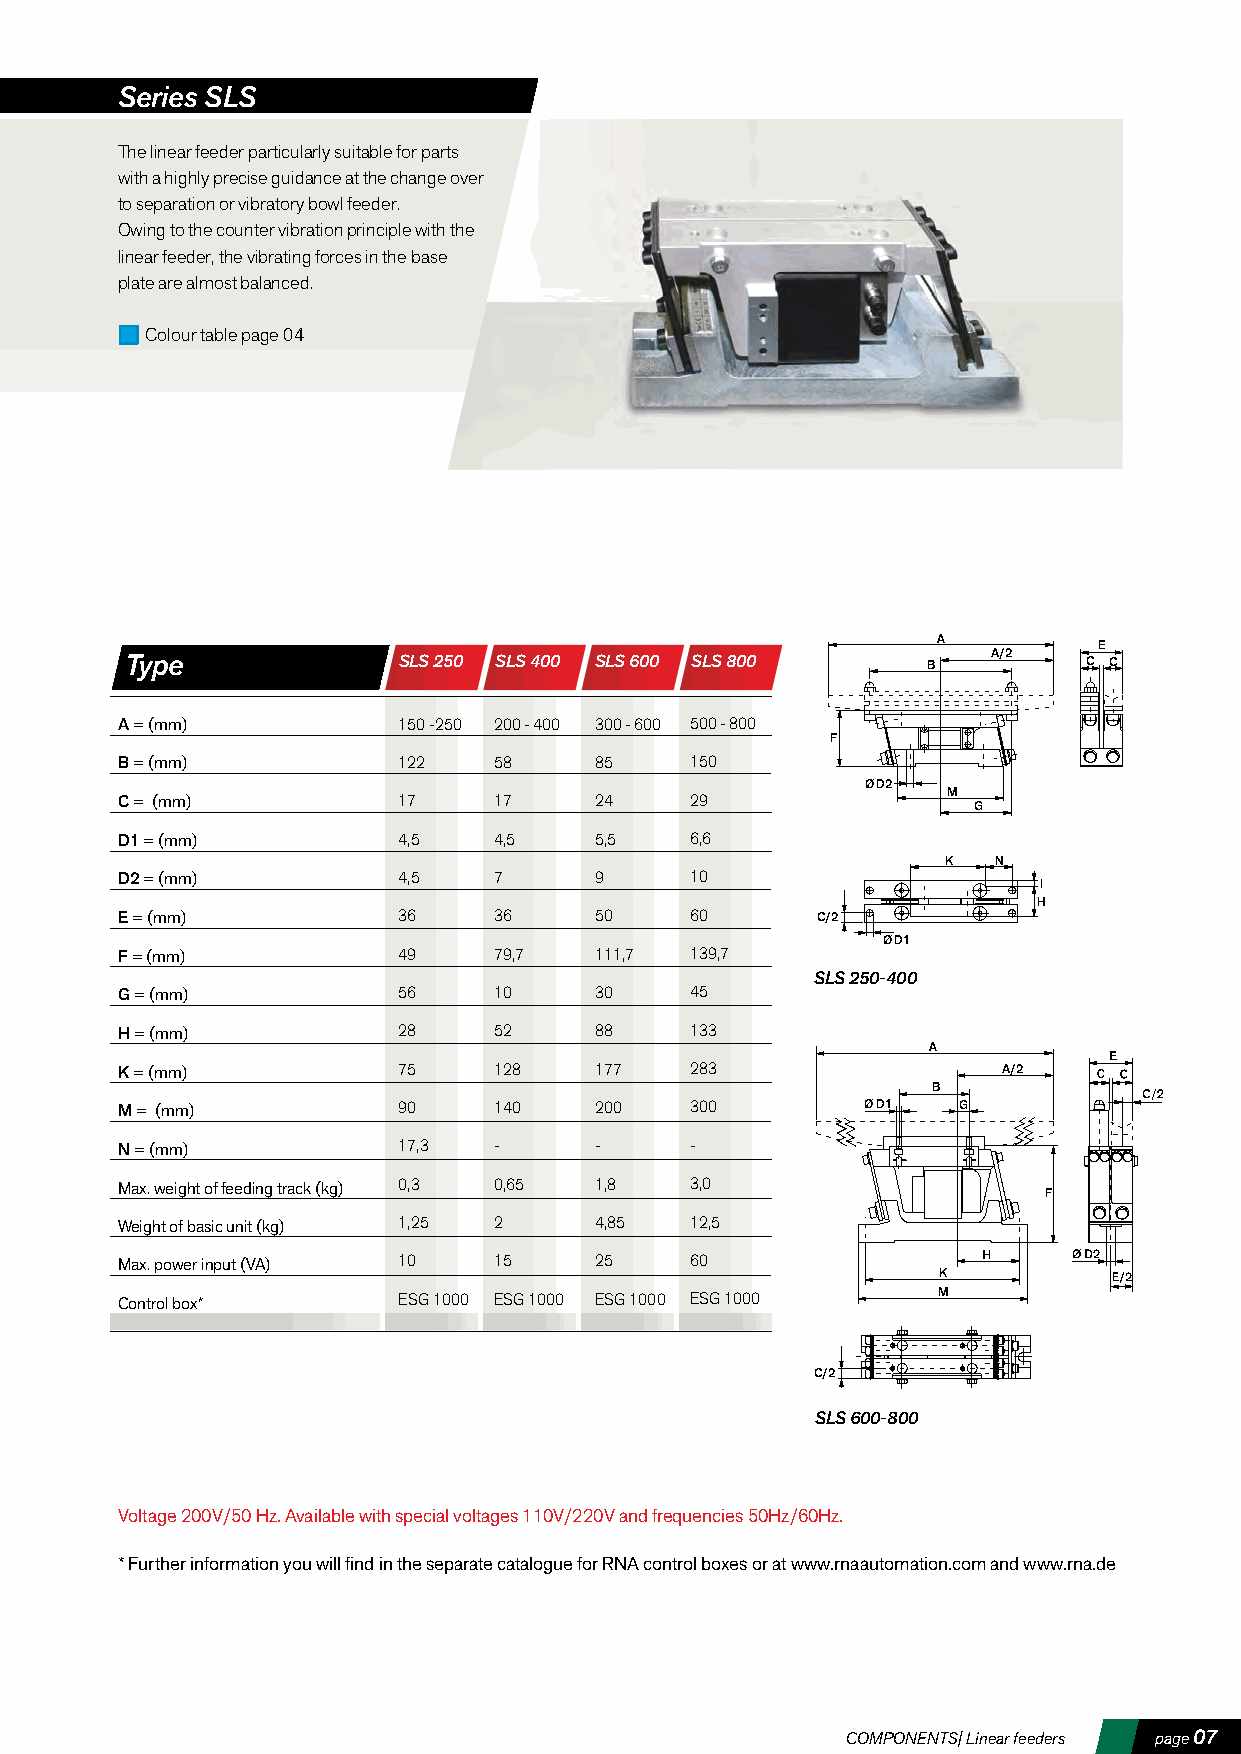
Series SLS
 The linear feeder particularly suitable for parts
 with a highly precise guidance at the change over
 to separation or vibratory bowl feeder.
 Owing to the counter vibration principle with the
 linear feeder, the vibrating forces in the base
 plate are almost balanced.
 Colour table page 04
 E
 Type              SLS 250 SLS 400 SLS 600 SLS 800    B    A/2   C C
 A = (mm)          150 -250 200 - 400 300 - 600 500 - 800
 F
 B = (mm)          122    58    85     150
 Ø D2
 M
 C = (mm)          17     17    24     29
 G
 D1 = (mm)         4,5    4,5   5,5    6,6
 K   N
 D2 = (mm)         4,5    7     9      10
 I
 H
 E = (mm)          36     36    50     60      C/2
 Ø D1
 F = (mm)          49     79,7  111,7  139,7
 SLS 250-400
 G = (mm)          56     10    30     45
 H = (mm)          28     52    88     133
 K = (mm)          75     128   177    283                 A/2
 B
 M = (mm)          90     140   200    300        Ø D1  G
 N = (mm)          17,3   -     -      -
 Max. weight of feeding track (kg) 0,3 0,65 1,8 3,0
 F
 Weight of basic unit (kg) 1,25 2 4,85 12,5
 Max. power input (VA) 10 15    25     60
 K
 Control box*      ESG 1000 ESG 1000 ESG 1000 ESG 1000 M
 C/2
 SLS 600-800
 Voltage 200V/50 Hz. Available with special voltages 110V/220V and frequencies 50Hz/60Hz.
 * Further information you will find in the separate catalogue for RNA control boxes or at www.rnaautomation.com and www.rna.de
 COMPONENTS| Linear feeders page 07
 A
 A
 H